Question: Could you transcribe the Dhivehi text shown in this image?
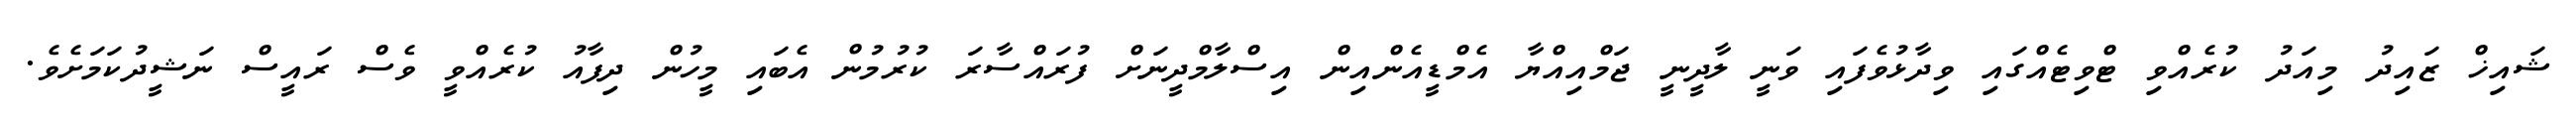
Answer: ޝައިޚް ޒައިދު މިއަދު ކުރެއްވި ޓްވިޓެއްގައި ވިދާޅުވެފައި ވަނީ ލާދީނީ ޖަމްއިއްޔާ އެމްޑީއެންއިން އިސްލާމްދީނަށް ފުރައްސާރަ ކުރުމުން އެބައި މީހުން ދިފާއު ކުރެއްވީ ވެސް ރައީސް ނަޝީދުކަމަށެވެ.